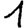
Digit: 1